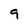
Character: 9